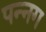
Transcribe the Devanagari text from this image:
पन्‍नग